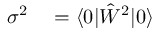
\begin{array} { r l } { \sigma ^ { 2 } } & { { } = \langle 0 | \hat { W } ^ { 2 } | 0 \rangle } \end{array}